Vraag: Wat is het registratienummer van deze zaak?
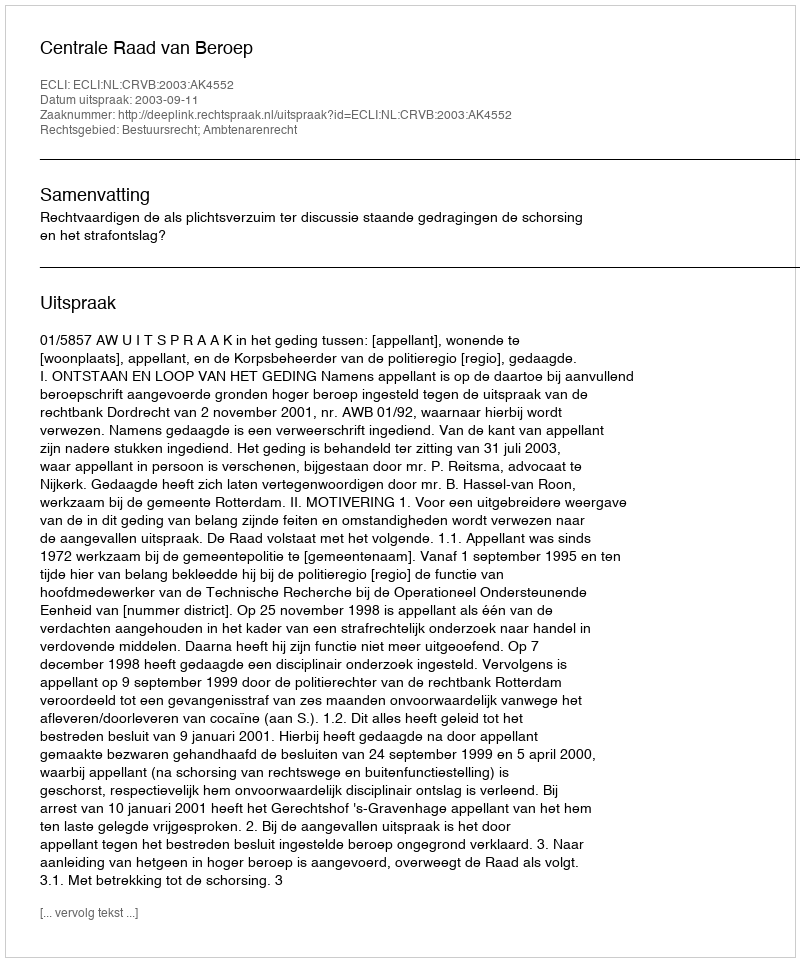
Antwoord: http://deeplink.rechtspraak.nl/uitspraak?id=ECLI:NL:CRVB:2003:AK4552